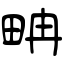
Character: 畘